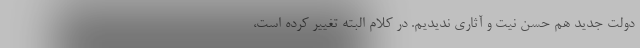
دولت جدید هم حسن نیت و آثاری ندیدیم. در کلام البته تغییر کرده است،